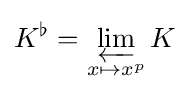
K^{\flat }=\varprojlim _{x\mapsto x^{p}}K